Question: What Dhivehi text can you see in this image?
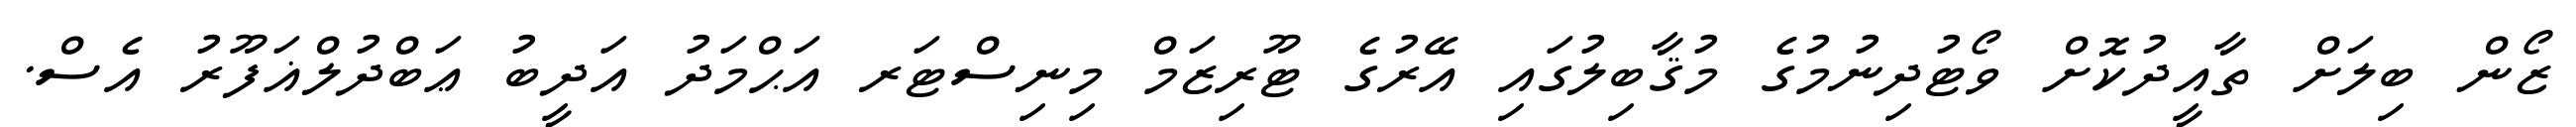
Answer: ޒޯން ބިލަށް ތާއީދުކޮށް ވޯޓުދިނުމުގެ މުޤާބިލުގައި އޭރުގެ ޓޫރިޒަމް މިނިސްޓަރ އަޙްމަދު އަދީބު ޢަބްދުލްޣަފޫރު އެސް.